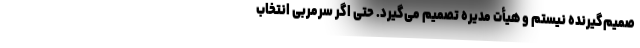
صمیم‌گیرنده نیستم و هیأت مدیره تصمیم می‌گیرد. حتی اگر سرمربی انتخاب